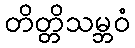
တိတ္တိသမ္ဘဝံ